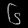
Digit: ၆